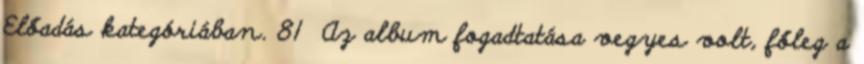
Előadás kategóriában. 81 Az album fogadtatása vegyes volt, főleg a